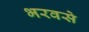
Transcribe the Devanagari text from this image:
भरवसे